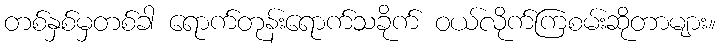
တစ်နှစ်မှတစ်ခါ ရောက်တုန်းရောက်သခိုက် ဝယ်လိုက်ကြစမ်းဆိုတာများ။